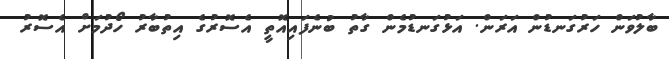
ބާލުވަން ހަރުގަނޑުން އަރަން. އަޅުގަނޑުމެން ގާތު ބުނެފައިއޮތީ އެސޮރުގެ އިތުބާރު ހޯދުމަށް އެސޮރު